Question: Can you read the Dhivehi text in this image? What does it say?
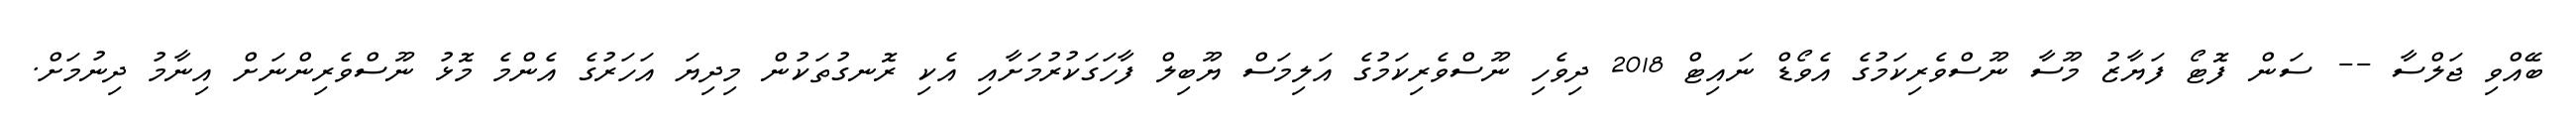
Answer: ބޭއްވި ޖަލްސާ -- ސަން ފޮޓޯ ފަޔާޒު މޫސާ ނޫސްވެރިކަމުގެ އެވޯޑް ނައިޓް 2018 ދިވެހި ނޫސްވެރިކަމުގެ އަލިމަސް ޔޫބިލް ފާހަގަކުރުމަށާއި އެކި ރޮނގުތަކުން މިދިޔަ އަހަރުގެ އެންމެ މޮޅު ނޫސްވެރިންނަށް އިނާމު ދިނުމަށް.